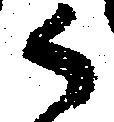
御